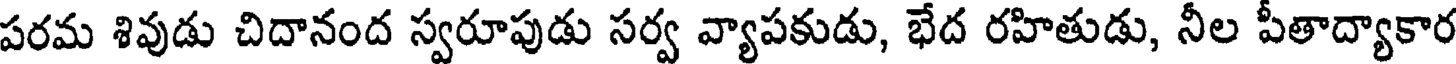
పరమ శివుడు చిదానంద స్వరూపుడు సర్వ వ్యాపకుడు, భేద రహితుడు, నీల పీతాద్యాకార